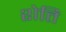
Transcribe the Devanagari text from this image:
शेति